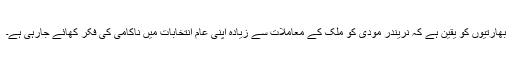
بھارتیوں کو یقین ہے کہ نریندر مودی کو ملک کے معاملات سے زیادہ اپنی عام انتخابات میں ناکامی کی فکر کھائے جارہی ہے۔